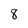
Character: 8